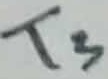
Text: T3